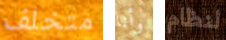
متخلف وأنا لنظام